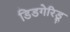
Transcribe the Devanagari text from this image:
डिडगेरिडू